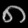
Digit: ၈